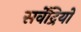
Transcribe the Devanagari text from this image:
सर्वेंद्रियों